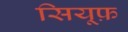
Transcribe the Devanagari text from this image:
सियूफ़